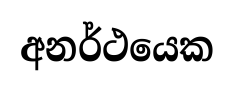
අනර්ථයෙක